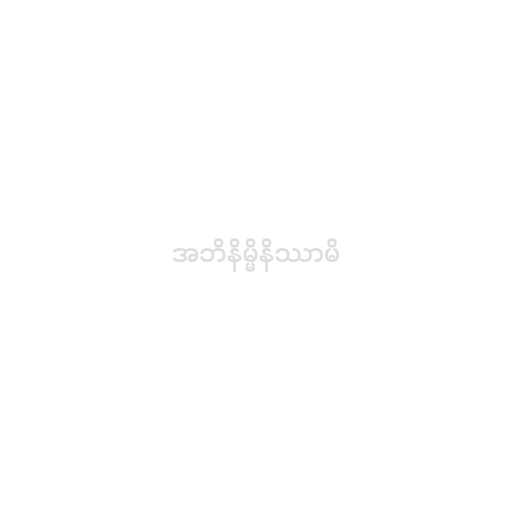
အဘိနိမ္မိနိဿာမိ